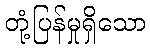
တုံ့ပြန်မှုရှိသော